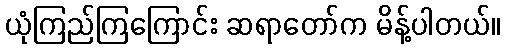
ယုံကြည်ကြကြောင်း ဆရာတော်က မိန့်ပါတယ်။